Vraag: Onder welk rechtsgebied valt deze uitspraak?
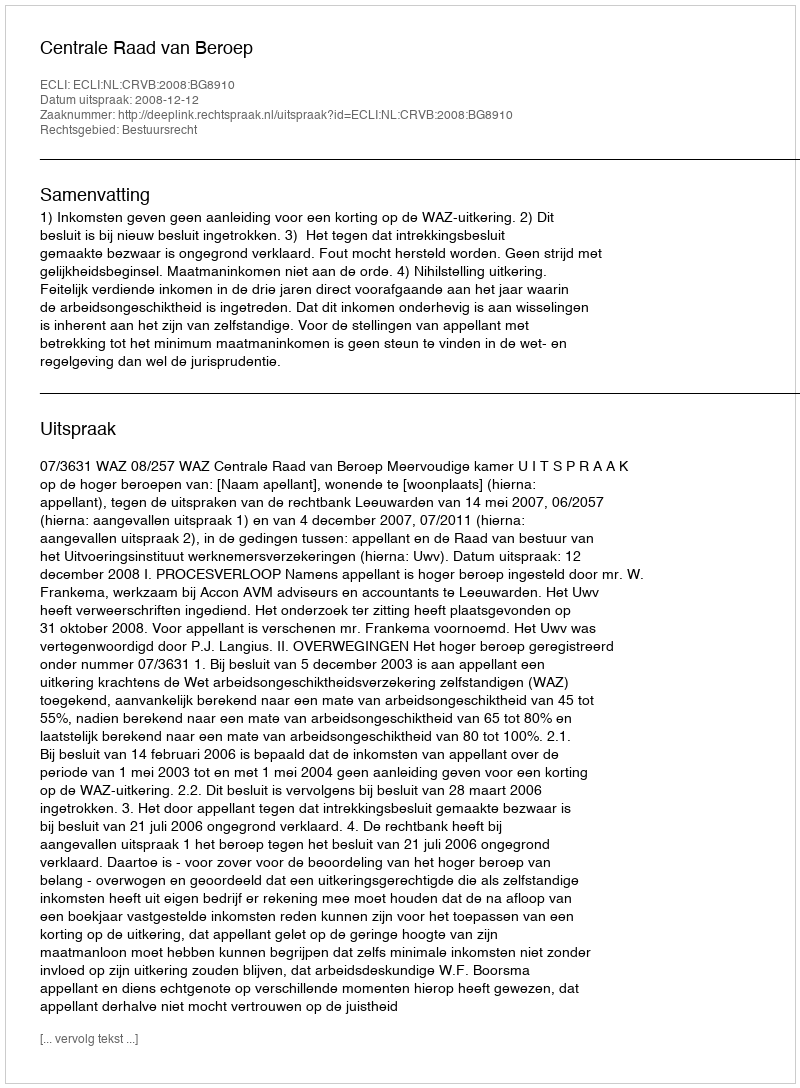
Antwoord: Bestuursrecht